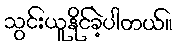
သွင်းယူနိုင်ခဲ့ပါတယ်။